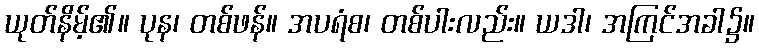
ယုတ်နိမ့်၏။ ပုန၊ တစ်ဖန်။ အပရံစ၊ တစ်ပါးလည်း။ ယဒါ၊ အကြင်အခါ၌။